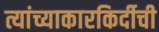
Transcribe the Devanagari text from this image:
त्यांच्याकारकिर्दीची